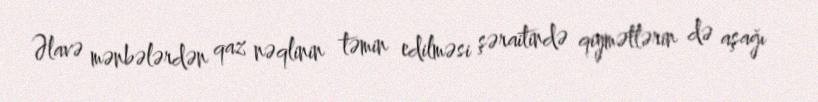
Əlavə mənbələrdən qaz nəqlinin təmin edilməsi şəraitində qiymətlərin də aşağı